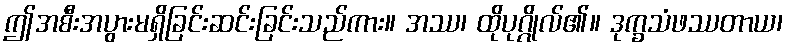
ဤအစီးအပွားမရှိခြင်းဆင်းခြင်းသည်ကား။ အဿ၊ ထိုပုဂ္ဂိုလ်၏။ ဒုက္ခသံဖဿတာယ၊